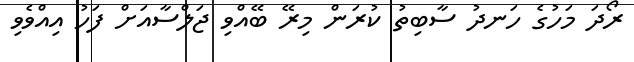
ރޯދަ މަހުގެ ހަނދު ސާބިތު ކުރަން މިރޭ ބޭއްވި ޖަލްސާއަށް ފަހު އިއްވެވި